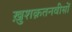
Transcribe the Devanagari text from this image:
ख़ुशक़तनवीसों